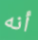
أنه